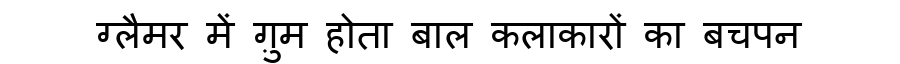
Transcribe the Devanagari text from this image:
ग्लैमर में ग़ुम होता बाल कलाकारों का बचपन